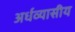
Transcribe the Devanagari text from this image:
अर्धव्यासीय